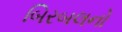
બિરબલનો